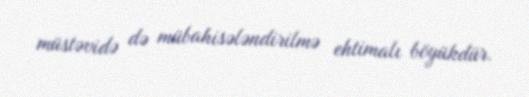
müstəvidə də mübahisələndirilmə ehtimalı böyükdür.